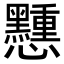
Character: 𢥽